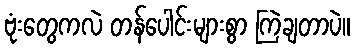
ဗုံးတွေကလဲ တန်ပေါင်းများစွာ ကြဲချတာပဲ။